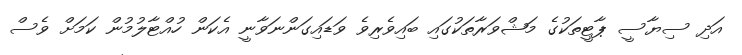
އަދި ސިޔާސީ ޕާޓީތަކުގެ މަޝްވަރާތަކުގައި ބައިވެރިވެ ވަޑައިގަންނަވާނީ އެކަން ހުއްޓާލުމުން ކަމަށް ވެސް